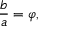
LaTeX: { \frac { b } { a } } = \varphi ,